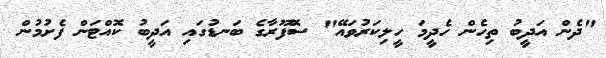
"ދެން އަދީބު ތިހެން ހެދީމަ ހީލިކަރުވައޭ" ސޮފޫރާގެ ބަނޑުގައި އަދީބު ކޮއްޓަން ފެށުމުން